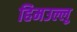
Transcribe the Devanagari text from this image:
हिमउल्लू